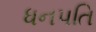
ધનપતિ